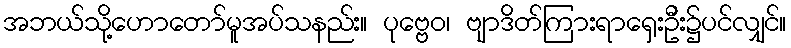
အဘယ်သို့ဟောတော်မူအပ်သနည်း။ ပုဗ္ဗေဝ၊ ဗျာဒိတ်ကြားရာရှေးဦး၌ပင်လျှင်။